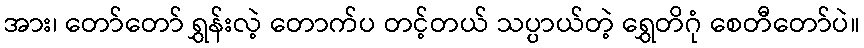
အား၊ တော်တော် ရွှန်းလဲ့ တောက်ပ တင့်တယ် သပ္ပာယ်တဲ့ ရွှေတိဂုံ စေတီတော်ပဲ။